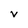
Character: v